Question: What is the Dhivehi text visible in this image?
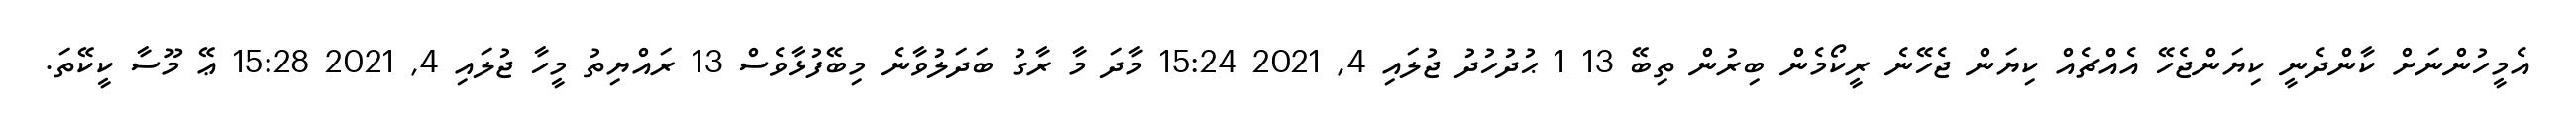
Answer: އެމީހުންނަށް ކާންދެނީ ކިޔަންޖެހޭ އެއްޗެއް ކިޔަން ޖެހޭނެ ރީކޯމެން ބިރުން ތިބޭ 13 1 ޙުދުހުދު ޖުލައި 4, 2021 15:24 މާދަ މާ ރާގު ބަދަލުވާނެ މިބޭފުޅާވެސް 13 ރައްޔިތު މީހާ ޖުލައި 4, 2021 15:28 ޢޭ މޫސާ ކީކޭތަ.